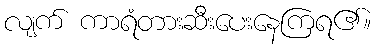
လျက် ကာရံတားဆီးပေးနေကြရ၏။